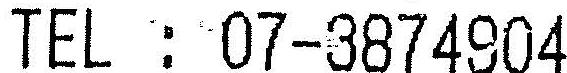
TEL : 07-3874904